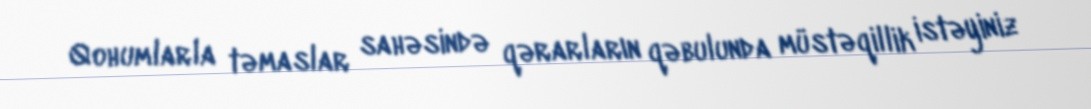
Qohumlarla təmaslar sahəsində qərarların qəbulunda müstəqillik istəyiniz